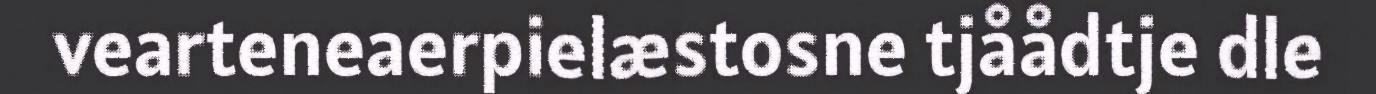
vearteneaerpielæstosne tjåådtje dle